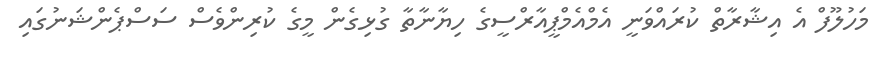
މަހުލޫފް އެ އިޝާރާތް ކުރައްވަނީ އެމްއެމްޕީއާރްސީގެ ހިޔާނާތާ ގުޅިގެން މީގެ ކުރިންވެސް ސަސްޕެންޝަނުގައި